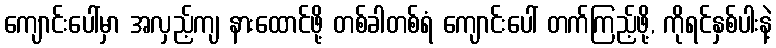
ကျောင်းပေါ်မှာ အလှည့်ကျ နားထောင်ဖို့ တစ်ခါတစ်ရံ ကျောင်းပေါ် တက်ကြည့်ဖို့, ကိုရင်နှစ်ပါးနဲ့